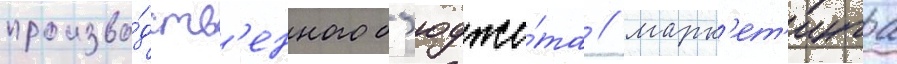
произво́дств'енного б'юдже́та / марк'ет'инга